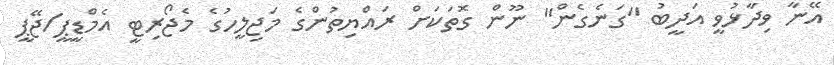
އޭނާ ވިދާޅުވީ އަދީބު "ގަނެގެން" ނޫން ގޮތަކަށް ރައްޔިތުންގެ މަޖިލީހުގެ މެޖޯރިޓީ އެމްޑީޕީ/ޖޭޕީ